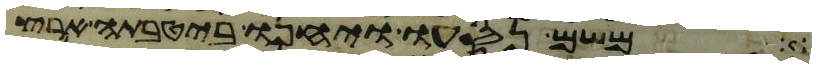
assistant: משם נסעו ויחנו ביטבתה ארץ